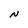
Character: N